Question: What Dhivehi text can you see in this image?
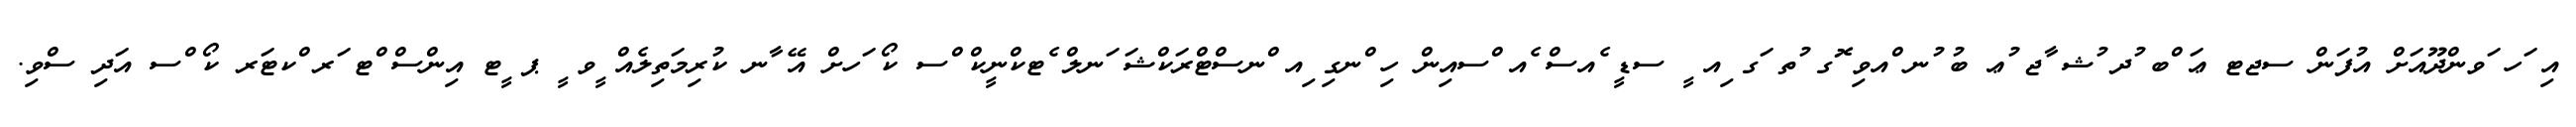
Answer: އި ަހ ަވންދޫއަށް އުފަން ސޖޓ ޢަ ްބ ުދ ުޝ ާޖ ުޢ ބު ުނ ްއވި ޮގ ުތ ަގ ިއ ީ ސޑީ ެއސް ެއ ްސއިން ހި ްނގި ިއ ްނސްޓްރަކްޝަ ަނލް ެޓކްނީކް ްސ ކޯ ަހށް އޭ ާނ ކުރިމަތިލެއް ީވ ީ ޕ ީޓ އިންސް ްޓ ަރ ްކޓަރ ކޯ ްސ އަދި ސްވި.